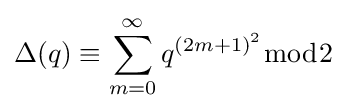
\Delta (q)\equiv \sum _{m=0}^{\infty }q^{(2m+1)^{2}}{\bmod {2}}